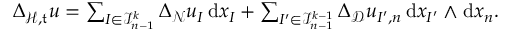
\begin{array} { r } { { { \Delta } } _ { \mathcal { H } , \mathfrak { t } } u = \sum _ { I \in \mathcal { I } _ { n - 1 } ^ { k } } \Delta _ { \mathcal { N } } u _ { I } \, \mathrm { d } { x _ { I } } + \sum _ { I ^ { \prime } \in \mathcal { I } _ { n - 1 } ^ { k - 1 } } \Delta _ { \mathcal { D } } u _ { I ^ { \prime } , n } \, \mathrm { d } { x _ { I ^ { \prime } } } \wedge \mathrm { d } x _ { n } \mathrm { . ~ } } \end{array}